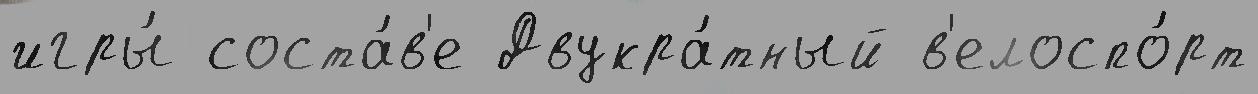
игры́ соста́в'е Двукра́тный в'елоспо́рт